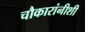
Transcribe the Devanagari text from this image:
चौकारांनीशी